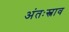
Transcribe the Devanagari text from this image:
अंतःस्त्राव